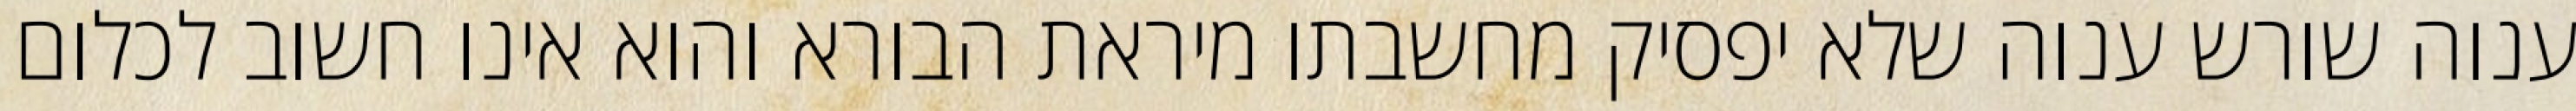
ענוה שורש ענוה שלא יפסיק מחשבתו מיראת הבורא והוא אינו חשוב לכלום